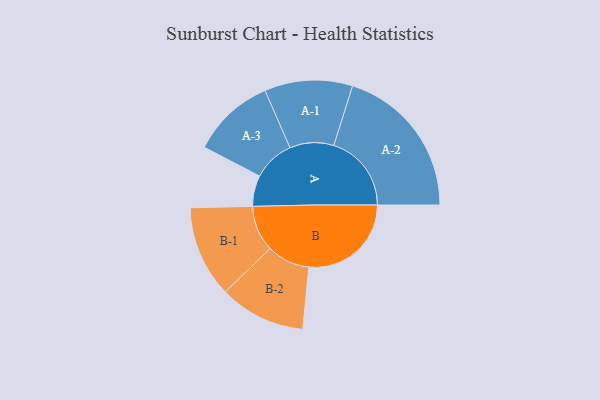
{"axis": {"x": "Segment", "y": "Value"}, "legend": ["", "A", "B"], "data": [{"x": "A", "y": 101, "type": ""}, {"x": "B", "y": 335, "type": ""}, {"x": "A-1", "y": 144, "type": "A"}, {"x": "A-2", "y": 254, "type": "A"}, {"x": "A-3", "y": 136, "type": "A"}, {"x": "B-1", "y": 150, "type": "B"}, {"x": "B-2", "y": 141, "type": "B"}]}